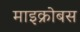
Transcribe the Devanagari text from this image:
माइक्रोबस